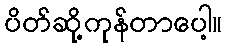
ပိတ်ဆို့ကုန်တာပေါ့။